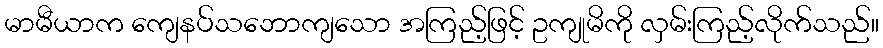
မာမီယာက ကျေနပ်သဘောကျသော အကြည့်ဖြင့် ဥကျုမိကို လှမ်းကြည့်လိုက်သည်။